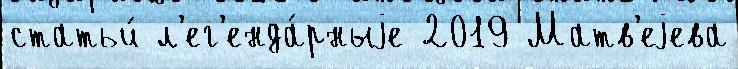
статьи́ л'ег'енда́рныjе 2019 Матв'еjева